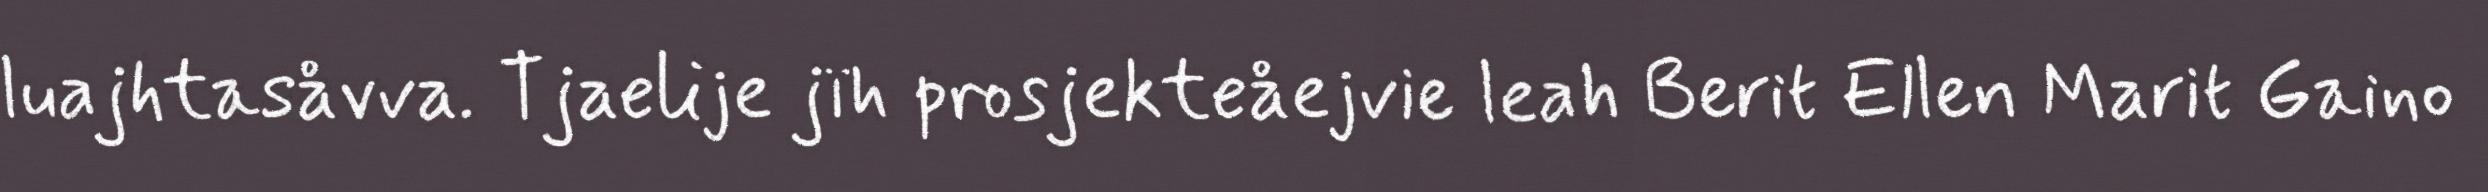
luajhtasåvva. Tjaelije jïh prosjekteåejvie leah Berit Ellen Marit Gaino